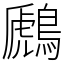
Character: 鷉